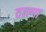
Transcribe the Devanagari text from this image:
वाल्गा